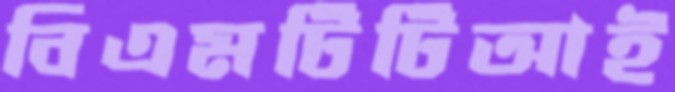
বিএমটিটিআই